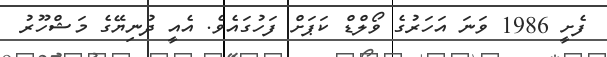
ފެށީ 1986 ވަނަ އަހަރުގެ ވޯލްޑް ކަޕަށް ފަހުގައެވެ. އެއީ ދުނިޔޭގެ މަޝްހޫރު